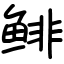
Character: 鲱